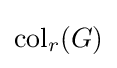
\operatorname {col} _{r}(G)